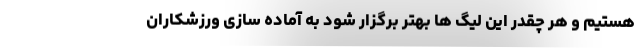
هستیم و هر چقدر این لیگ ها بهتر برگزار شود به آماده سازی ورزشکاران